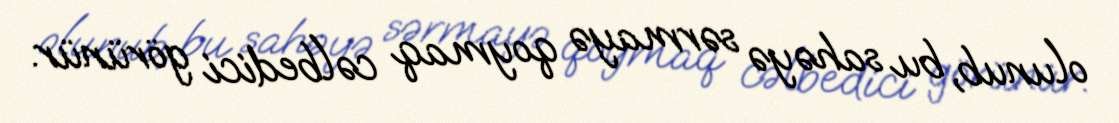
olunub, bu sahəyə sərmayə qoymaq cəlbedici görünür.